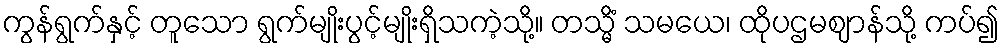
ကွန်ရွက်နှင့် တူသော ရွက်မျိုးပွင့်မျိုးရှိသကဲ့သို့။ တသ္မိံ သမယေ၊ ထိုပဌမဈာန်သို့ ကပ်၍